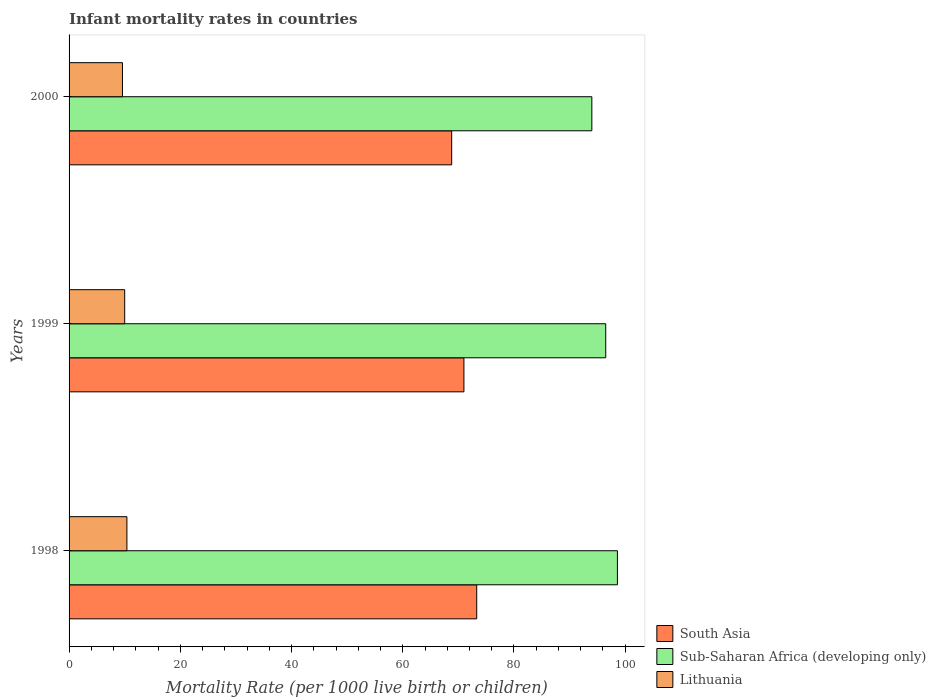
| Years | South Asia | Sub-Saharan Africa (developing only) | Lithuania |
 | --- | --- | --- | --- |
 | 1998 | 73.3 | 98.6 | 10.4 |
 | 1999 | 71 | 96.5 | 10 |
 | 2000 | 68.8 | 94 | 9.6 |